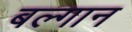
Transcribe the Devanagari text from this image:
बल्गान